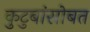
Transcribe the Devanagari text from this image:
कुटुबांसोबत